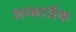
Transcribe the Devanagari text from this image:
लम्बरजैक